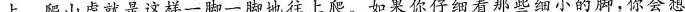
上。爬山虎就是这样一脚一脚地往上爬。如果你仔细看那些细小的脚，你会想